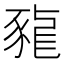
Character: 𧱠